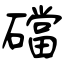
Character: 礑